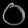
Digit: ၀